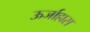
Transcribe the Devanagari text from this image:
ऊर्जाह्रास